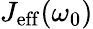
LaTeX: J_{\mathrm{eff}}(\omega_{0})